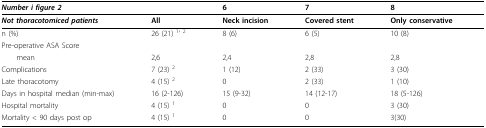
<table><thead><tr><td><b><i>Number i figure 2</i></b></td><td>[EMPTY_CELL]</td><td><b>6</b></td><td><b>7</b></td><td><b>8</b></td></tr></thead><tbody><tr><td><b><i>Not thoracotomiced patients</i></b></td><td><b>All</b></td><td><b>Neck incision</b></td><td><b>Covered stent</b></td><td><b>Only conservative</b></td></tr><tr><td>n (%)</td><td>26 (21) <sup>1</sup>' <sup>2</sup></td><td>8 (6)</td><td>6 (5)</td><td>10 (8)</td></tr><tr><td>Pre-operative ASA Score</td><td>[EMPTY_CELL]</td><td>[EMPTY_CELL]</td><td>[EMPTY_CELL]</td><td>[EMPTY_CELL]</td></tr><tr><td> mean</td><td>2,6</td><td>2,4</td><td>2,8</td><td>2,8</td></tr><tr><td>Complications</td><td>7 (23) <sup>2</sup></td><td>1 (12)</td><td>2 (33)</td><td>3 (30)</td></tr><tr><td>Late thoracotomy</td><td>4 (15) <sup>2</sup></td><td>0</td><td>2 (33)</td><td>1 (10)</td></tr><tr><td>Days in hospital median (min-max)</td><td>16 (2-126)</td><td>15 (9-32)</td><td>14 (12-17)</td><td>18 (5-126)</td></tr><tr><td>Hospital mortality</td><td>4 (15) <sup>1</sup></td><td>0</td><td>0</td><td>3 (30)</td></tr><tr><td>Mortality &lt; 90 days post op</td><td>4 (15) <sup>1</sup></td><td>0</td><td>0</td><td>3(30)</td></tr></tbody></table>